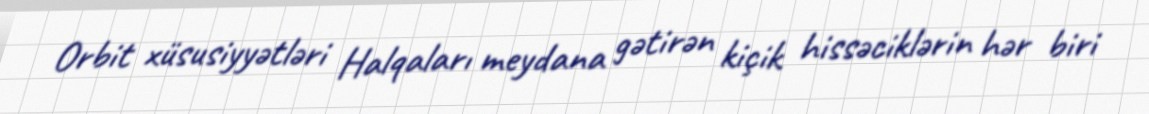
Orbit xüsusiyyətləri Halqaları meydana gətirən kiçik hissəciklərin hər biri